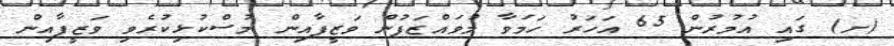
(ށ) ގައި އުމުރުން 65 އަހަރު ހަމަވާ މުވައްޒަފުން ވަޒީފާއިން މުސްކުޅިކުރެވި ވަޒީފާއިން